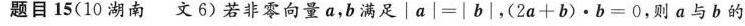
题目15(10湖南 文6)若非零向量a，b满足$$│a│=│b|$$，$$(2a+b)∙b=0$$，则a与b的